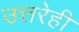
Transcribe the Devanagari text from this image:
उत्तरेही